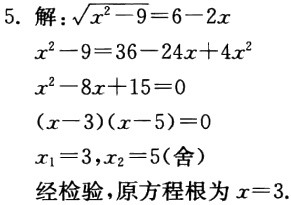
5. 解：\(\sqrt{x^{2}-9}=6 - 2x\)

\(x^{2}-9 = 36 - 24x + 4x^{2}\)

\(x^{2}-8x + 15 = 0\)

\((x - 3)(x - 5)=0\)

\(x_{1}=3,x_{2}=5(\text{舍})\)

经检验，原方程根为\(x = 3\)